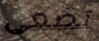
تضعى